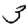
Digit: 3